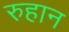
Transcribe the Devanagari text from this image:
रुहान